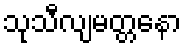
သုသီလျမတ္တနော